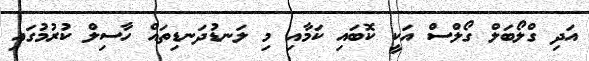
އަދި ގްލޯބަލް ގޯލްސް އަކީ ކޮބައި ކަމާއި މި ލަނޑުދަނޑިތައް ހާސިލް ކުރުމުގައި